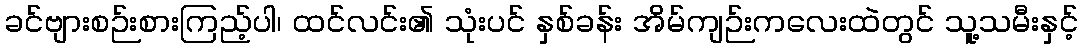
ခင်ဗျားစဉ်းစားကြည့်ပါ၊ ထင်လင်း၏ သုံးပင် နှစ်ခန်း အိမ်ကျဉ်းကလေးထဲတွင် သူ့သမီးနှင့်